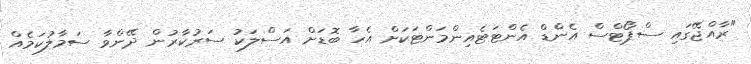
"ރާއްޖޭގައި ސްޕޯޓްސް އެންޑް އެންޓަޓެއިންމަންޓަކަށް އެހާ ބޮޑަށް އަސްލަކު ސަރުކާރުން ދޭންވާ ސަމާލުކަމެއް